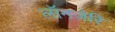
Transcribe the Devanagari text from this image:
लॉनज़ेरि